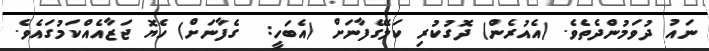
ނައު ދުވަމުންދެތެވެ. (އެއުރެން) ދޮގުކުރި ކަލޭގެފާނަށް (އެބަހީ:  ގެފާނަށް) ހެޔޮ ޖަޒާއެއްކަމުގައެވެ.